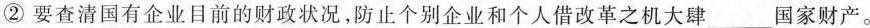
②要查清国有企业目前的财政状况，防止个别企业和个人借改革之机大肆___国家财产。